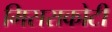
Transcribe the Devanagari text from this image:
मिसराकोटी